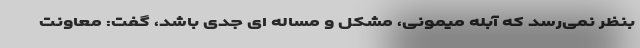
بنظر نمی‌رسد که آبله میمونی، مشکل و مساله ای جدی باشد، گفت: معاونت